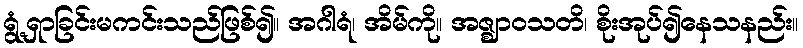
ရွံ့ရှာခြင်းမကင်းသည်ဖြစ်၍။ အဂါရံ၊ အိမ်ကို။ အဇ္ဈာဝသတိ၊ စိုးအုပ်၍နေသနည်း။